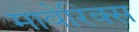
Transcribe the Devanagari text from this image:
मावेरिक्स